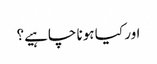
اور کیا ہونا چاہیے؟